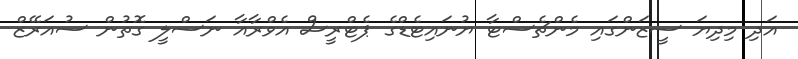
އަދި މިދިޔަ ސީޒަންގައި މެންޗެސްޓާ ޔުނައިޓެޑްގެ ޕެޓްރީސް އެވްރާއާ ނަސްލީ ގޮތުން ސުއަރޭޒް